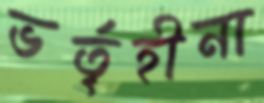
ভর্তৃহীনা